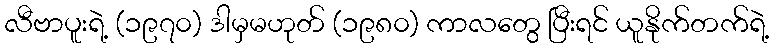
လီဗာပူးရဲ့ (၁၉၇၀) ဒါမှမဟုတ် (၁၉၈၀) ကာလတွေ ပြီးရင် ယူနိုက်တက်ရဲ့